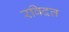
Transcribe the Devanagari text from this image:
रविदत्त